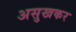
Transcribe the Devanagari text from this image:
असुखकर